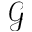
\mathcal { G }